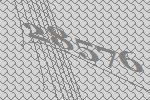
28576